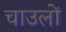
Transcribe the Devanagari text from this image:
चाउलों